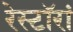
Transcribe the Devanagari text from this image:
रेस्टॉरां